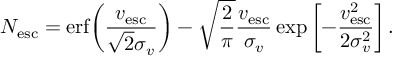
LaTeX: N _ { \mathrm { e s c } } = \mathrm { e r f } \! \left( \frac { v _ { \mathrm { e s c } } } { \sqrt { 2 } \sigma _ { v } } \right) - \sqrt { \frac { 2 } { \pi } } \frac { v _ { \mathrm { e s c } } } { \sigma _ { v } } \exp \left[ { - \frac { v _ { \mathrm { e s c } } ^ { 2 } } { 2 \sigma _ { v } ^ { 2 } } } \right] .